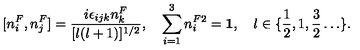
[ n _ { i } ^ { F } , n _ { j } ^ { F } ] = \frac { i \epsilon _ { i j k } n _ { k } ^ { F } } { [ l ( l + 1 ) ] ^ { 1 / 2 } } , \quad \sum _ { i = 1 } ^ { 3 } n _ { i } ^ { F 2 } = { \bf 1 } , \quad l \in \{ \frac { 1 } { 2 } , 1 , \frac { 3 } { 2 } \ldots \} .